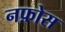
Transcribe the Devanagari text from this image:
नफ़ोस